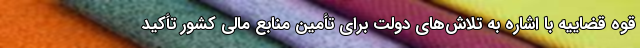
قوه قضاییه با اشاره به تلاش‌های دولت برای تأمین منابع مالی کشور تأکید